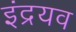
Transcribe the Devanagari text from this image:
इंद्रयव